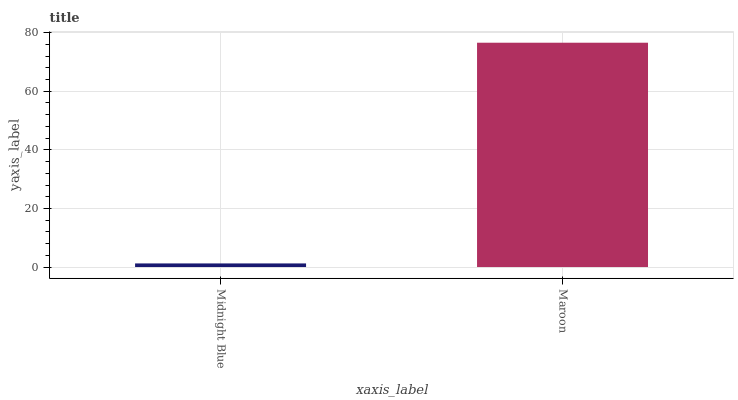
| xaxis_label | bars |
 | --- | --- |
 | Midnight Blue | 1.23 |
 | Maroon | 76.6 |